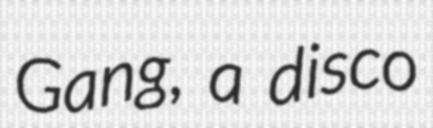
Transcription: Gang, a disco